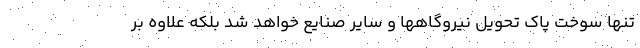
تنها سوخت پاک تحویل نیروگاهها و سایر صنایع خواهد شد بلکه علاوه بر